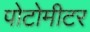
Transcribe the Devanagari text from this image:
पोटोमीटर